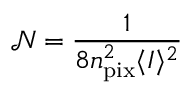
\mathcal { N } = \frac { 1 } { 8 n _ { \mathrm { p i x } } ^ { 2 } \langle I \rangle ^ { 2 } }